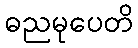
ဓညမုပေတိ